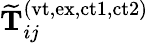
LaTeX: \mathbf{\widetilde{T}}_{ij}^{(\mathrm{vt,ex,ct1,ct2})}